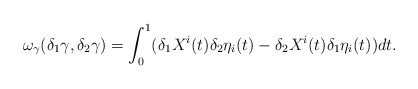
\begin{align*}\omega_{\gamma}(\delta_1\gamma, \delta_2\gamma)= \int_0^1(\delta_1X^i(t)\delta_2\eta_i(t)-\delta_2X^i(t)\delta_1\eta_i(t))dt.\end{align*}